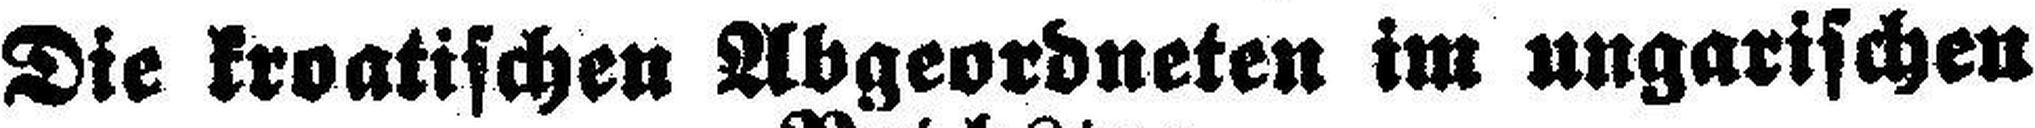
Die kroatische Abgeordneten im ungarischen